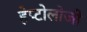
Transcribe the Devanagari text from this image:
हेप्टोलोजी